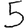
Digit: 5